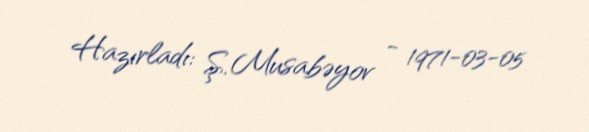
Hazırladı: Ş. Musabəyov - 1971-03-05